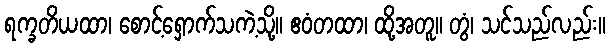
ရက္ခတိယထာ၊ စောင့်ရှောက်သကဲ့သို့။ ဧဝံတထာ၊ ထို့အတူ။ တွံ၊ သင်သည်လည်း။